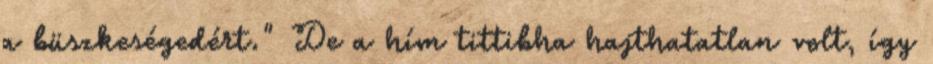
a büszkeségedért." De a hím tittibha hajthatatlan volt, így